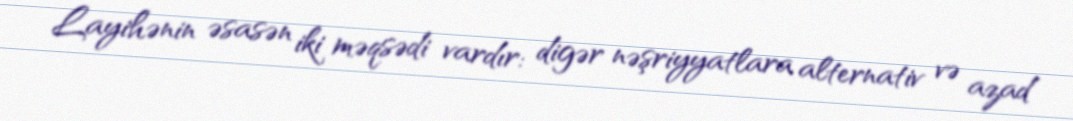
Layihənin əsasən iki məqsədi vardır: digər nəşriyyatlara alternativ və azad